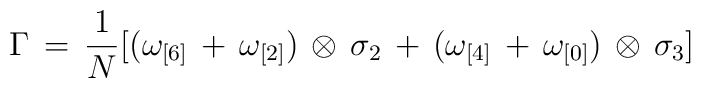
\Gamma \, = \, \frac{1}{N} [(\omega_{[6]} \, + \, \omega_{[2]}) \, \otimes \,\sigma_{2} \, + \, (\omega_{[4]} \, + \, \omega_{[0]}) \, \otimes \, \sigma_{3}]